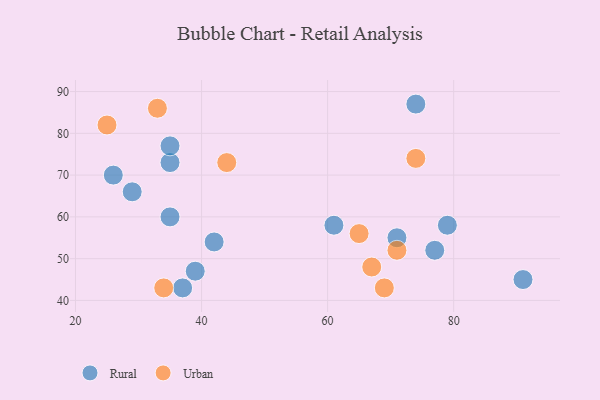
{"axis": {"x": "GDP", "y": "Life Expectancy"}, "legend": ["Rural", "Urban"], "data": [{"x": "74", "y": 87, "type": "Rural"}, {"x": "35", "y": 60, "type": "Rural"}, {"x": "61", "y": 58, "type": "Rural"}, {"x": "39", "y": 47, "type": "Rural"}, {"x": "29", "y": 66, "type": "Rural"}, {"x": "91", "y": 45, "type": "Rural"}, {"x": "26", "y": 70, "type": "Rural"}, {"x": "35", "y": 73, "type": "Rural"}, {"x": "37", "y": 43, "type": "Rural"}, {"x": "77", "y": 52, "type": "Rural"}, {"x": "79", "y": 58, "type": "Rural"}, {"x": "42", "y": 54, "type": "Rural"}, {"x": "35", "y": 77, "type": "Rural"}, {"x": "71", "y": 55, "type": "Rural"}, {"x": "65", "y": 56, "type": "Urban"}, {"x": "33", "y": 86, "type": "Urban"}, {"x": "74", "y": 74, "type": "Urban"}, {"x": "71", "y": 52, "type": "Urban"}, {"x": "44", "y": 73, "type": "Urban"}, {"x": "34", "y": 43, "type": "Urban"}, {"x": "69", "y": 43, "type": "Urban"}, {"x": "25", "y": 82, "type": "Urban"}, {"x": "67", "y": 48, "type": "Urban"}]}